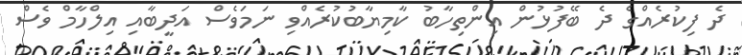
ދެ ފިކުރެއްގެ ދެ ބޭފުޅުން އިންތިހާބު ކާމިޔާބުކުރެއްވި ނަމަވެސް އަދީބާއި އިލްހާމް ވެސް